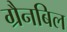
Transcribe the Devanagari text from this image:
ग्रैनबिल